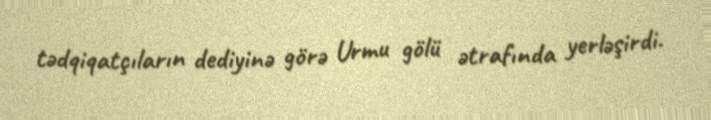
tədqiqatçıların dediyinə görə Urmu gölü ətrafında yerləşirdi.